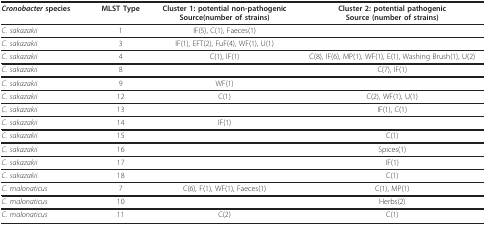
<table><thead><tr><td><b><i>Cronobacter </i>species</b></td><td><b>MLST Type</b></td><td><b>Cluster 1: potential non-pathogenicSource(number of strains)</b></td><td><b>Cluster 2: potential pathogenicSource (number of strains)</b></td></tr></thead><tbody><tr><td><i>C. sakazakii</i></td><td>1</td><td>IF(5), C(1), Faeces(1)</td><td></td></tr><tr><td><i>C. sakazakii</i></td><td>3</td><td>IF(1), EFT(2), FuF(4), WF(1), U(1)</td><td></td></tr><tr><td><i>C. sakazakii</i></td><td>4</td><td>C(1), IF(1)</td><td>C(8), IF(6), MP(1), WF(1), E(1), Washing Brush(1), U(2)</td></tr><tr><td><i>C. sakazakii</i></td><td>8</td><td></td><td>C(7), IF(1)</td></tr><tr><td><i>C. sakazakii</i></td><td>9</td><td>WF(1)</td><td></td></tr><tr><td><i>C. sakazakii</i></td><td>12</td><td>C(1)</td><td>C(2), WF(1), U(1)</td></tr><tr><td><i>C. sakazakii</i></td><td>13</td><td></td><td>IF(1), C(1)</td></tr><tr><td><i>C. sakazakii</i></td><td>14</td><td>IF(1)</td><td></td></tr><tr><td><i>C. sakazakii</i></td><td>15</td><td></td><td>C(1)</td></tr><tr><td><i>C. sakazakii</i></td><td>16</td><td></td><td>Spices(1)</td></tr><tr><td><i>C. sakazakii</i></td><td>17</td><td></td><td>IF(1)</td></tr><tr><td><i>C. sakazakii</i></td><td>18</td><td></td><td>C(1)</td></tr><tr><td><i>C. malonaticus</i></td><td>7</td><td>C(6), F(1), WF(1), Faeces(1)</td><td>C(1), MP(1)</td></tr><tr><td><i>C. malonaticus</i></td><td>10</td><td></td><td>Herbs(2)</td></tr><tr><td><i>C. malonaticus</i></td><td>11</td><td>C(2)</td><td>C(1)</td></tr></tbody></table>